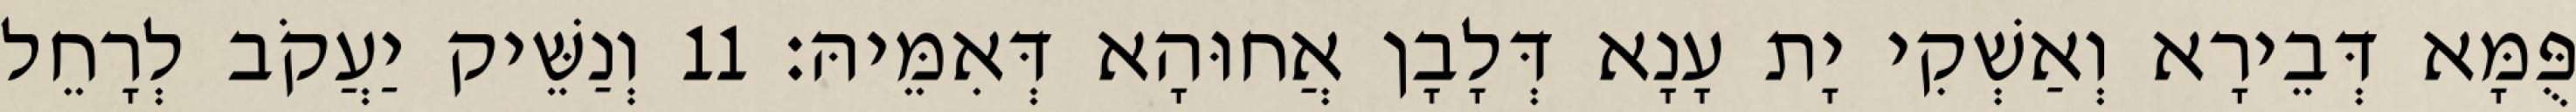
פֻּמָּא דְּבֵירָא וְאַשְׁקִי יָת עָנָא דְּלָבָן אֲחוּהָא דְּאִמֵּיהּ׃ 11 וְנַשֵּׁיק יַעֲקֹב לְרָחֵל